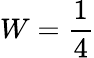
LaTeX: W=\frac{1}{4}